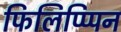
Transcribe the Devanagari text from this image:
फिलिप्प्पिन